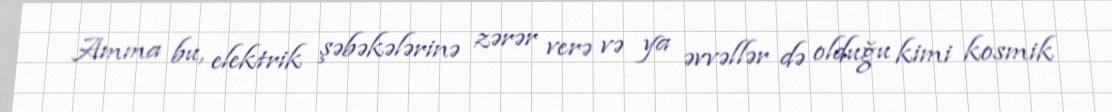
Amma bu, elektrik şəbəkələrinə zərər verə və ya əvvəllər də olduğu kimi kosmik